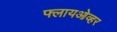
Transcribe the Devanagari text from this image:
फ्लायओव्हर